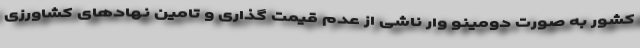
کشور به صورت دومینو وار ناشی از عدم قیمت گذاری و تامین نهادهای کشاورزی